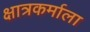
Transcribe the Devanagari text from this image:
क्षात्रकर्माला